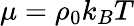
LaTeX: \mu=\rho_{0}k_{B}T